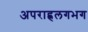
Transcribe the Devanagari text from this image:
अपराह्नलगभग